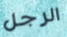
الرجل